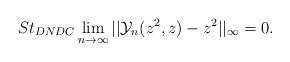
LaTeX: \begin{align*} St_{DNDC}\lim_{n\rightarrow \infty}||\mathcal{Y}_{n}(z^{2},z)-z^{2}||_{\infty}=0.\\ \end{align*}